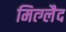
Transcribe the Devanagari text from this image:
मित्ग्लैद